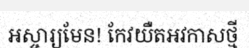
អស្ចារ្យមែន! កែវយឺតអវកាសថ្មី